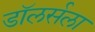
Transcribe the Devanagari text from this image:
डॉलर्सला